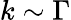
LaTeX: k\sim\Gamma